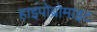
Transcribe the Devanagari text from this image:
हाइपोब्रोमाइट